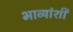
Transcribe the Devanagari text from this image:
भाव्यांशी